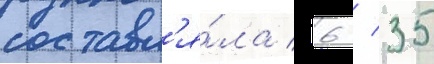
составл'я́ла 6 / 35